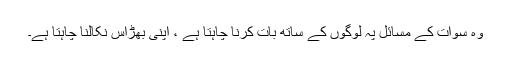
وہ سوات کے مسائل پہ لوگوں کے ساتھ بات کرنا چاہتا ہے ، اپنی بھڑاس نکالنا چاہتا ہے۔